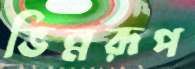
ভিন্নরূপ